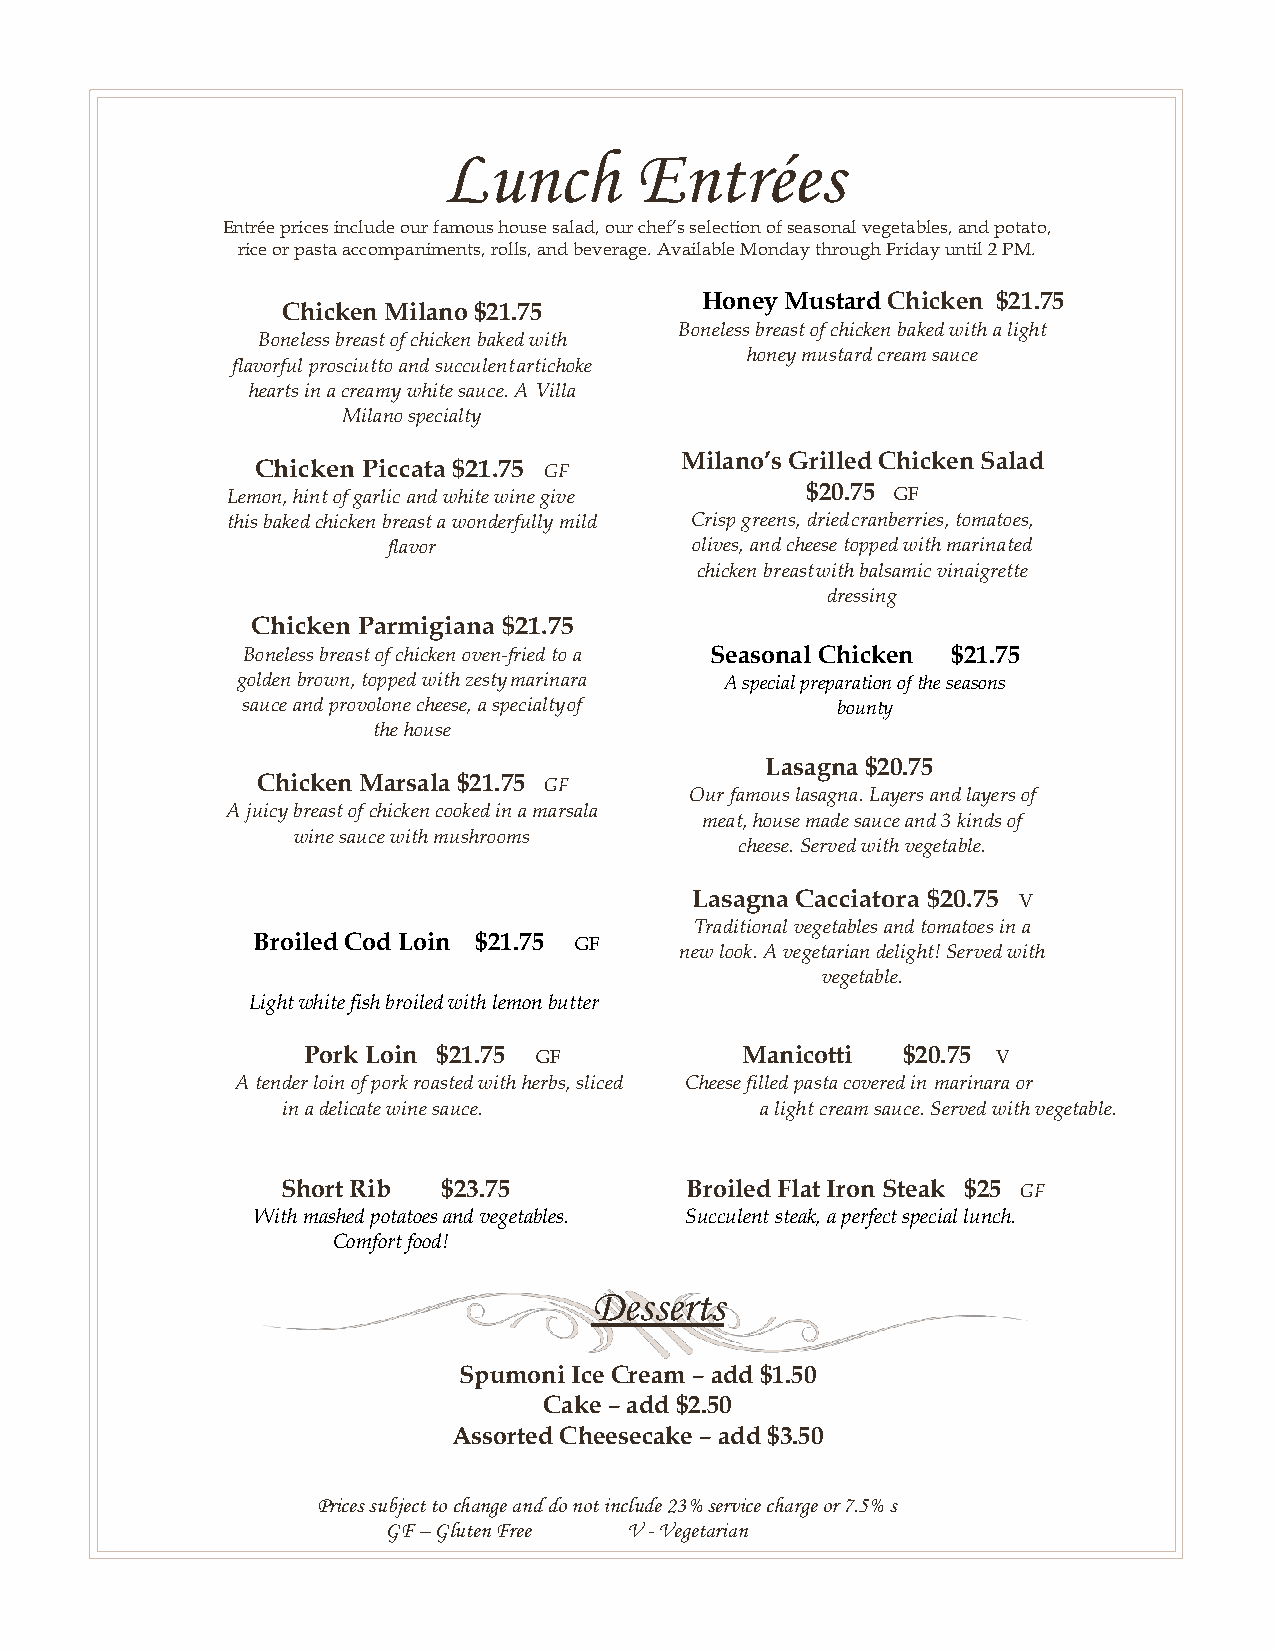
Lunch        Entrées
 Entrée prices include our famous house salad, our chef’s selection of seasonal vegetables, and potato,
 rice or pasta accompaniments, rolls, and beverage. Available Monday through Friday until 2 PM.
 Honey Mustard Chicken $21.75
 Chicken Milano $21.75
 Boneless breast of chicken baked with a light
 Boneless breast of chicken baked with
 honey mustard cream sauce
 flavorful prosciutto and succulent artichoke
 hearts in a creamy white sauce. A Villa
 Milano specialty
 Milano’s Grilled Chicken Salad
 Chicken Piccata $21.75 GF
 Lemon, hint of garlic and white wine give $20.75 GF
 this baked chicken breast a wonderfully mild Crisp greens, dried cranberries, tomatoes,
 flavor              olives, and cheese topped with marinated
 chicken breast with balsamic vinaigrette
 dressing
 Chicken Parmigiana $21.75
 Boneless breast of chicken oven-fried to a Seasonal Chicken $21.75
 golden brown, topped with zesty marinara A special preparation of the seasons
 sauce and provolone cheese, a specialty of bounty
 the house
 Lasagna $20.75
 Chicken Marsala $21.75 GF
 Our famous lasagna. Layers and layers of
 A juicy breast of chicken cooked in a marsala
 meat, house made sauce and 3 kinds of
 wine sauce with mushrooms
 cheese. Served with vegetable.
 Lasagna Cacciatora $20.75 V
 Traditional vegetables and tomatoes in a
 Broiled Cod Loin $21.75 GF
 new look. A vegetarian delight! Served with
 vegetable.
 Light white fish broiled with lemon butter
 Pork Loin $21.75 GF          Manicotti  $20.75 V
 A tender loin of pork roasted with herbs, sliced Cheese filled pasta covered in marinara or
 in a delicate wine sauce.      a light cream sauce. Served with vegetable.
 Short Rib $23.75          Broiled Flat Iron Steak $25 GF
 With mashed potatoes and vegetables. Succulent steak, a perfect special lunch.
 Comfort food!
 Desserts
 Spumoni Ice Cream – add $1.50
 Cake – add $2.50
 Assorted Cheesecake – add $3.50
 Prices subject to change and do not include 23% service charge or 7.5% s
 GF – Gluten Free V - Vegetarian